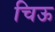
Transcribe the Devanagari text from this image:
चिऊ